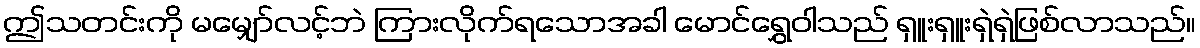
ဤသတင်းကို မမျှော်လင့်ဘဲ ကြားလိုက်ရသောအခါ မောင်ရွှေဝါသည် ရှူးရှူးရှဲရှဲဖြစ်လာသည်။